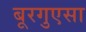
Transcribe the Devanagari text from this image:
बूरगुएसा